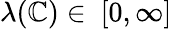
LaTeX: \lambda(\mathbb{C})\in\ [0,\infty]